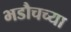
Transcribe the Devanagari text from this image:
भडौचच्या